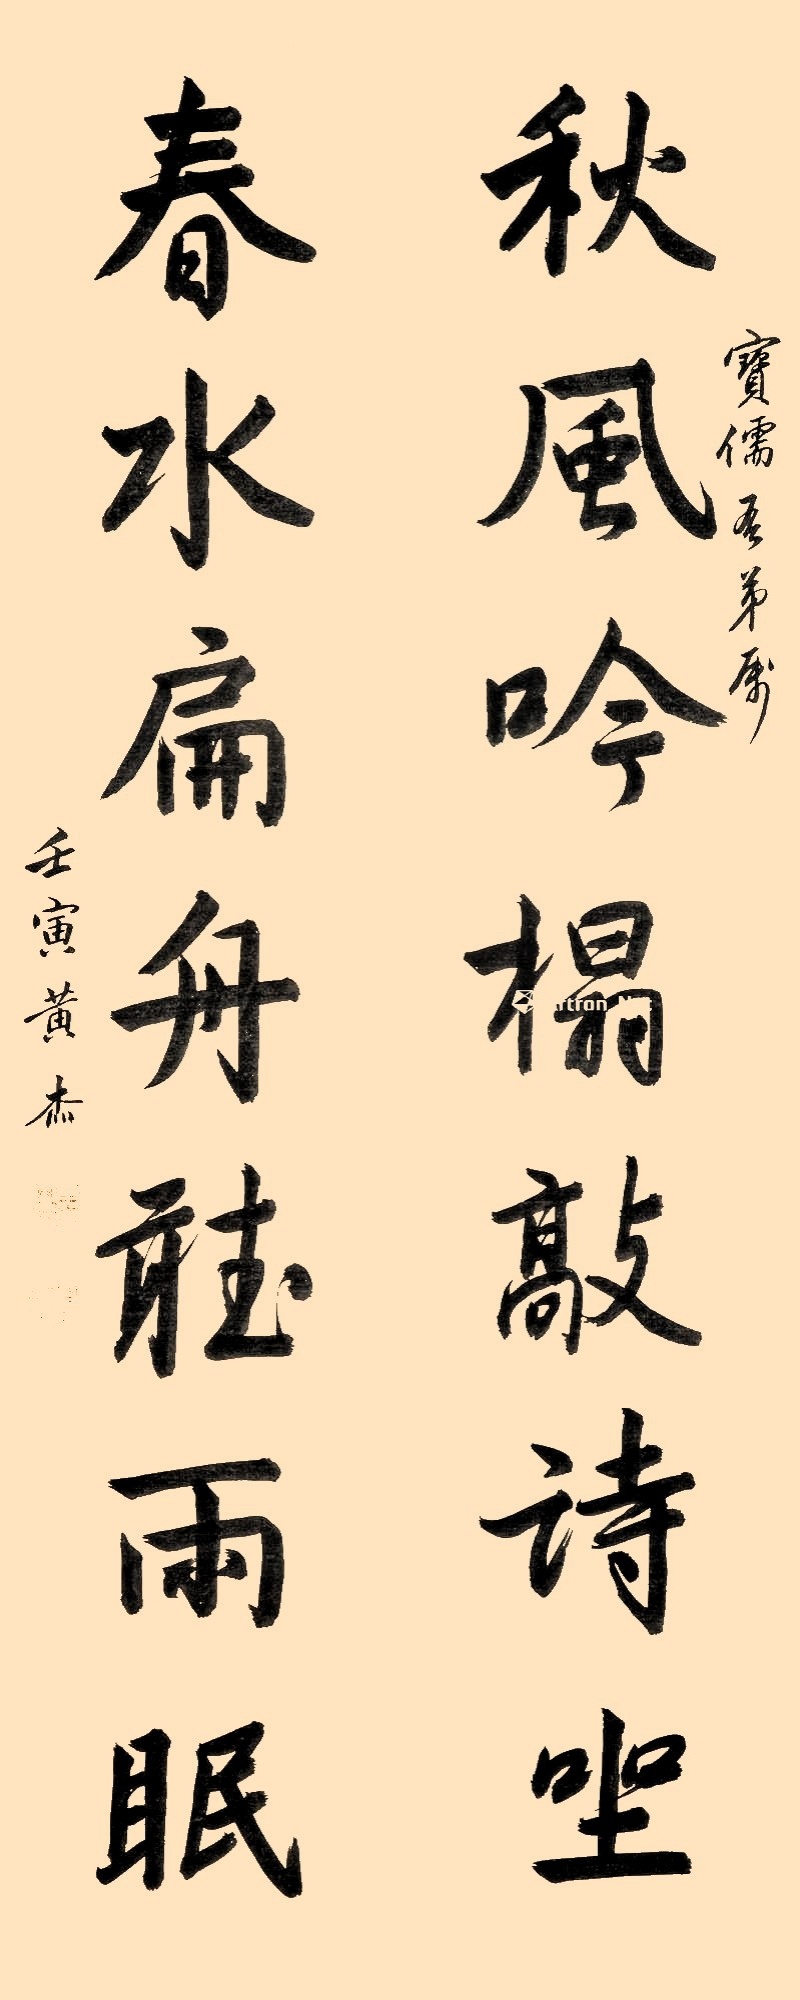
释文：秋风吟榻敲诗坐，春水扁舟听雨眠。宝儒吾弟属，壬寅黄杰。